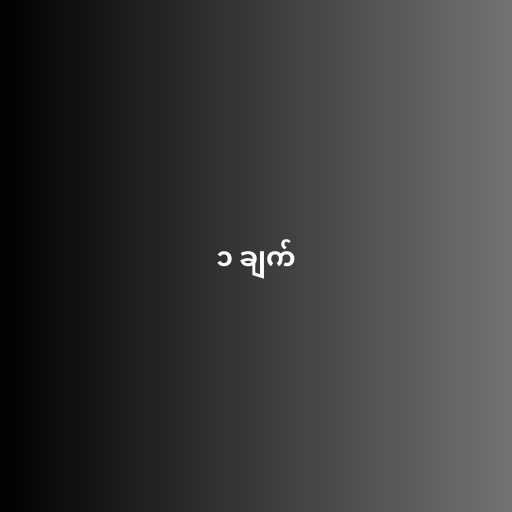
၁ ချက်